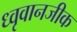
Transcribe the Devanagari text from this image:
ध्वृवानजीक